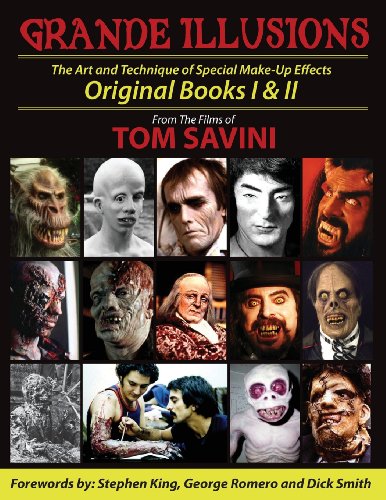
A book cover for Grande Illusions: Books I & II; Tom Savini; Humor & Entertainment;